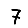
Digit: 7